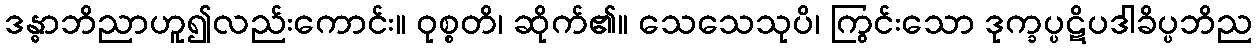
ဒန္ဓာဘိညာဟူ၍လည်းကောင်း။ ဝုစ္စတိ၊ ဆိုက်၏။ သေသေသုပိ၊ ကြွင်းသော ဒုက္ခပ္ပဋိပဒါခိပ္ပဘိည